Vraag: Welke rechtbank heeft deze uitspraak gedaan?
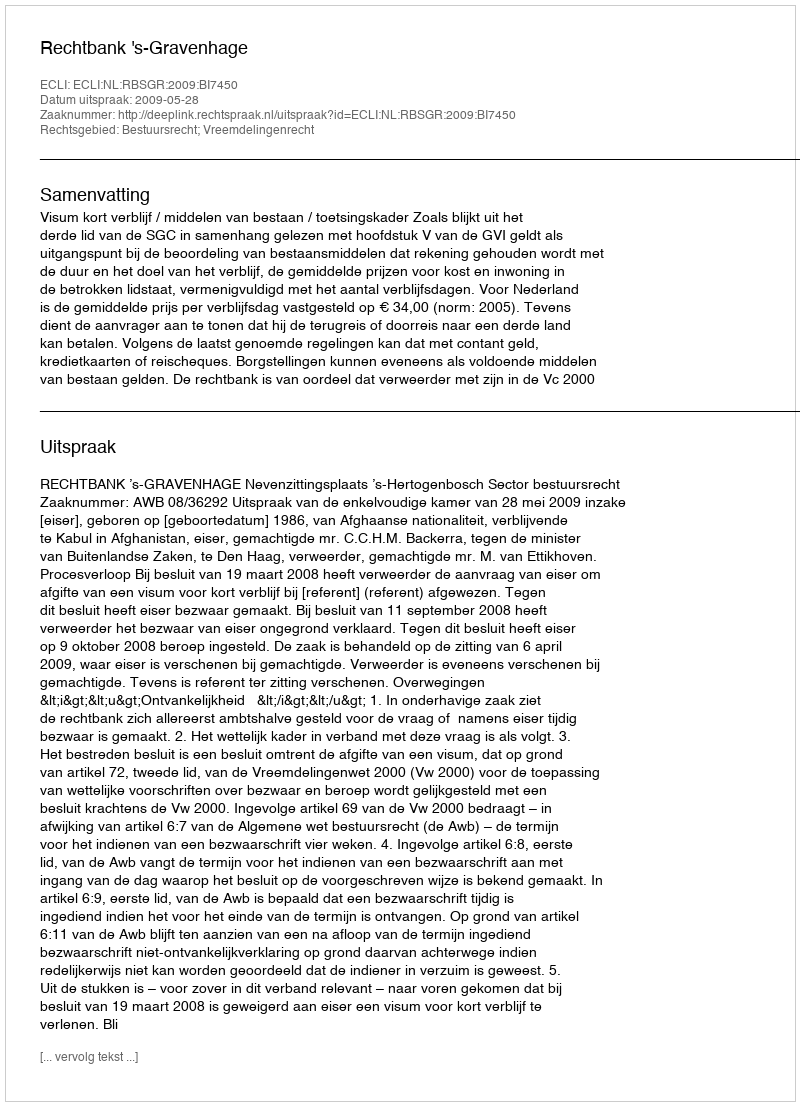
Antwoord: Rechtbank 's-Gravenhage